Vaccination in Burma 1912-1922 - 1912-1922
Year: 1912
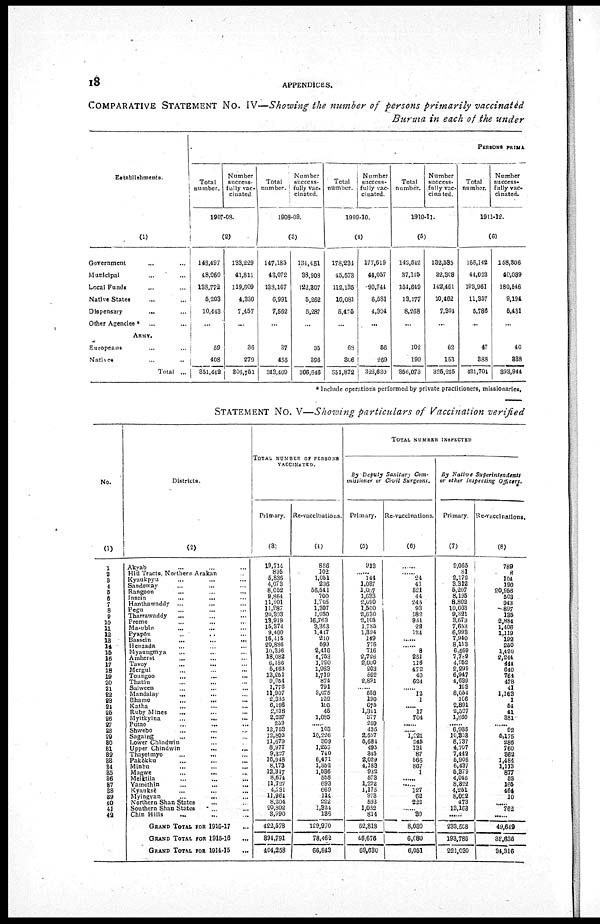
18
APPENDICES.
COMPARATIVE STATEMENT No. IV—Showing the number of persons primarily vaccinated
Burma in each of the under
Establishments.
(1)
Government ... ...
Municipal ... ...
Local Funds ... ...
Native States ... ...
Dispensary
... ...
Other Agencies * ... ...
ARMY.
Europeans
...
...
Natives ... ...
Total ...
PERSONS PRIMA
Total
number.
Number
success-
fully vac-
cinated
1907-08.
(2)
148,197
48,060
138,772
5,203
10,443
...
59
408
351,442
133,229
41,811
119,609
4,330
7,457
...
36
279
806,751
Total
number.
Number
success-
fully vac-
cinated.
1908-09.
(3)
117,185
43,072
138,167
6,991
7,562
...
37
155
343,469
134,451
38,908
122,307
5,262
5,287
...
35
396
306,646
Total
number.
Number
success-
fully vac-
cinated.
1909-10.
(4)
178,234
45,573
112,135
10,081
5,475
...
68
306
351,872
177,619
44,057
90,744
6,581
1,304
...
56
269
323,630
Total
number.
Number
success-
fully vac-
cinated.
1910-11.
(5)
143,542
37,145
154,649
13,177
8,268
...
102
190
356,073
132,535
32,308
142,461
10,462
7,304
...
62
153
325,285
Total
number.
Number
success-
fully vac-
cinated.
1911-12.
(6)
166,142
44,023
193,961
11,357
5,786
...
47
388
421,704
158,306
40,089
180,546
9,194
5,431
...
40
338
393,944
* Include operations performed by private practitioners, missionaries.
STATEMENT No. V—Showing particulars of Vaccination verified
No.
(1)
1
2
3
4
5
6
7
8
9
10
11 12
13
14
15
16
17
18
19
20
21
22
23
24
25
26
27
28
29
30
31
32
33
34
35
36
37
38
39
40
41
42
Districts.
(2)
Akyab ... ... ...
Hill Tracts, Northern Arakan ...
Kyaukpyu
...
...
...
Sandoway ... ... ...
Rangoon
Insein
...
... ...
Hanthawaddy ... ... ...
Pegu ... ... ...
Tharrawaddy ... ... ...
Prome ... ... ...
Ma-ubin
... ... ...
Pyapôn ... ... ...
Bassein
...
...
...
Henzada ... ... ...
Myaungmya
... ... ...
Amherst
... ... ...
Tavoy
...
... ...
Mergui ... ... ...
Toungoo ... ... ...
Thatôn ... ... ...
Salween ... ... ...
Mandalay ... ... ...
Bhamo
...
... ...
Katha ... ... ...
Ruby Mines ... ... ...
Myitkyina
...
... ...
Putao ... ... ...
Shwebo ... ... ...
Sagaing ... ... ...
Lower Chindwin ... ...
Upper Chindwin ... ... ...
Thayetmyo ... ... ...
Pakôkku ... ... ...
Minbu ... ... ...
Magwe
...
... ...
Meiktila ... ... ...
Yamèthin ... ... ...
Kyauksè
...
...
...
Myingyan
...
... ...
Northern Shan States
... ...
Southern Shan States ... ...
Chin Hills ... ... ...
GRAND TOTAL FOR 1916-17 ...
GRAND TOTAL FOR 1915-16 ...
GRAND TOTAL FOR 1914-15
...
TOTAL NUMBER OF PERSONS
VACCINATED.
Primary.
(3)
19,714
895
5,836
4,073
8,052
9,864
11,901
11,987
20,303
13,919
15,374
9,400
16,415
20,886
10,396
18,082
6,186
5,463
13,251
9,954
1,776
11,907
2,386
6,196
2,818
2,237
259
12,753
12,802
11,679
8,977
9,327
16,948
8,173
12,347
8,674
11,727
4,731
11,964
8,204
20,802
3,990
422,578
894,791
404,258
Re-vaccinations.
(4)
886
102
1,051
296
56,541
700
1,705
1,307
1,030
16,763
3,363
1,447
210
599
2,416
4,753
1,290
1,983
1,719
874
791
3,075
122
105
45
1,085
...... 103
10,226
309
1,250
740
6,471
1,352
1,536
558
693
669
114
222
1,324
136
129,970
78,462
66,843
TOTAL NUMBER INSPECTED
By Deputy Sanitary Com¬
missioner or Civil Surgeons.
Primary.
(5)
913
...... 141
1,037
1,007
1,633
2,090
1,500
2,630
2,105
1,785
1,394
149
776
716
2,726
2,000
208
562
2,891
...... 558
190
675
1,341
377
259
435
2,597
5,684
495
345
2,029
4,183
932
573
1,272
1,175
973
593
1,052
814
52,818
46,676
69,630
Re-vaccinations.
(6)
......
......
24
41
521
44
245
93
182
931
22
124
......
......
8
251
116
172
40
624
......
12
1
...... 17
704
...... ...... 1,221
245
131
87
565
867
1
...... ...... 127 62
222
......
30
8,030
6,080
6,051
By Native Superintendents
or other inspecting Officers.
Primary.
(7)
9,065
81
2,172
3,312
5,207
8,195
8,802
10,003
9,321
3,673
7,653
6,993
7,940
8,113
6,569
7,789
4,952
2,299
6,947
4,639
193
8,054
106
2,891
2,507
1,860
...... 6,935
10,353
8,737
1,707
7,442
5,905
6,437
5,379
4,046
8,322
4,251
8,022
473
13,163
......
233,508
193,786
221,030
Re-vaccinations.
(8)
789
8
104
190
20,956
503
943
897
135
2,884
1,406
1,119
192
250
1,420
2,244
444
640
764
478
41
1,163
1
54
41
381
......
92
5,175
286
760
362
1,484
1,113
877
52
165
464
10
...... 762
......
49,649
38,636
34,316